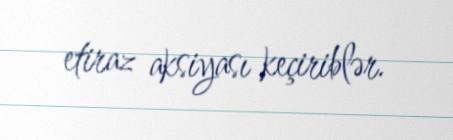
etiraz aksiyası keçiriblər.